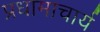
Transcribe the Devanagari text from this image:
प्रधामाचार्य